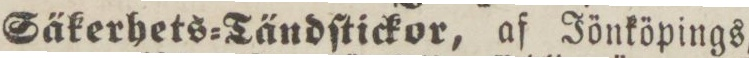
Säkerhets=Tändſtickor, af Jönköpings,